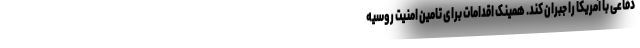
دفاعی با آمریکا را جبران کند. همینک اقدامات برای تامین امنیت روسیه